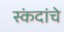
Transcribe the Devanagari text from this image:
स्कंदांचे